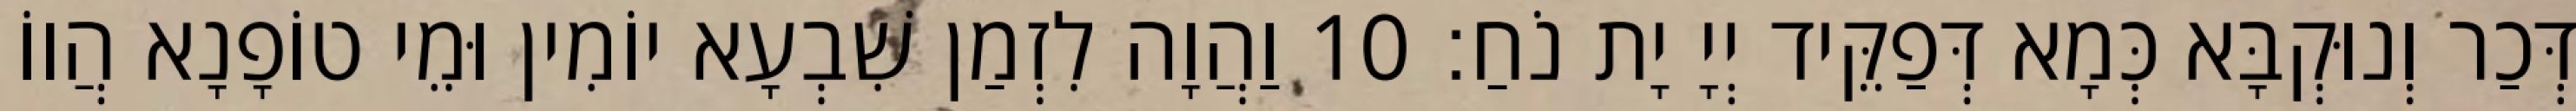
דְּכַר וְנוּקְבָּא כְּמָא דְּפַקֵּיד יְיָ יָת נֹחַ׃ 10 וַהֲוָה לִזְמַן שִׁבְעָא יוֹמִין וּמֵי טוֹפָנָא הֲווֹ